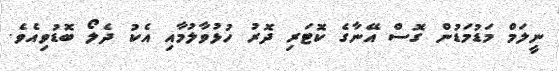
ނީލަމް މަޑުމަޑުން ގޮސް އޭނާގެ ކޮޓަރި ދޮރު ހުޅުވާލުމާއި އެކު ދެލޯ ބޮޑުވިއެވެ.